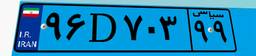
۹۶D۷۰۳۹۹